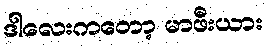
ဒါလေးကတော့ မာဖီးယား